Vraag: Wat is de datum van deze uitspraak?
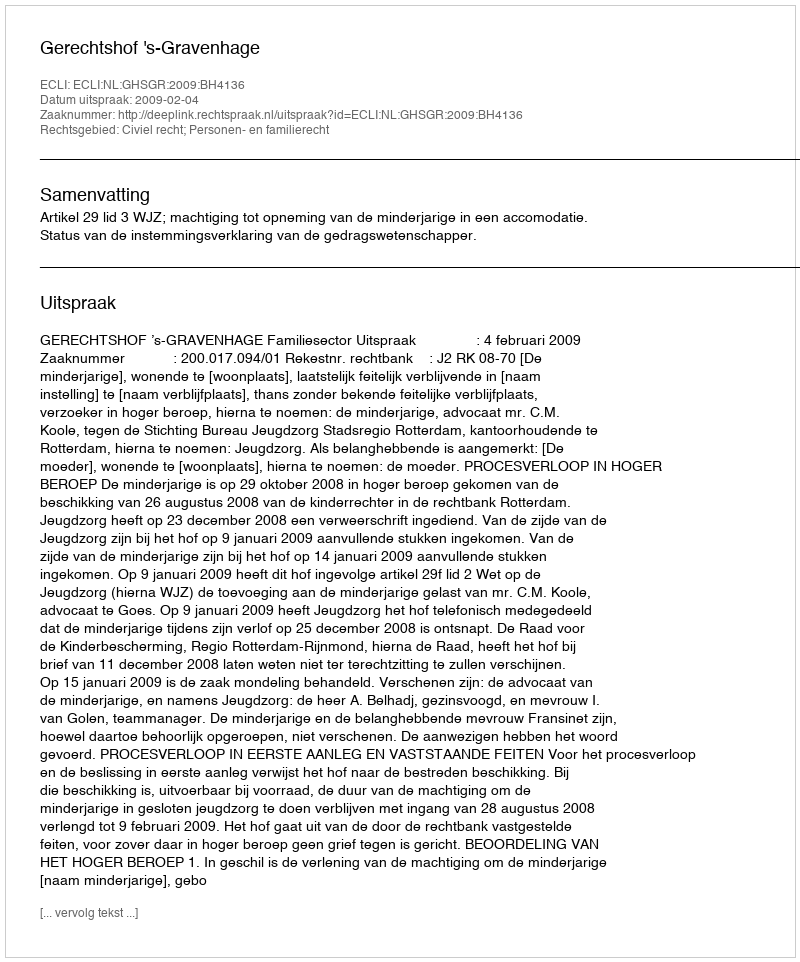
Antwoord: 2009-02-04